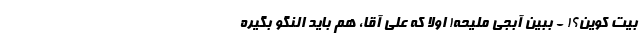
بیت کوین؟! - ببین آبجی ملیحه! اولا که علی آقا، هم باید النگو بگیره